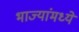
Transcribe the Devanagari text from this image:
भाज्यांमध्ये